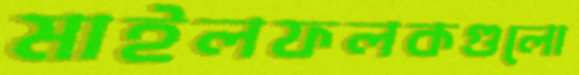
মাইলফলকগুলো